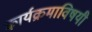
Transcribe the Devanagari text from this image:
कार्यक्रमाविषयी